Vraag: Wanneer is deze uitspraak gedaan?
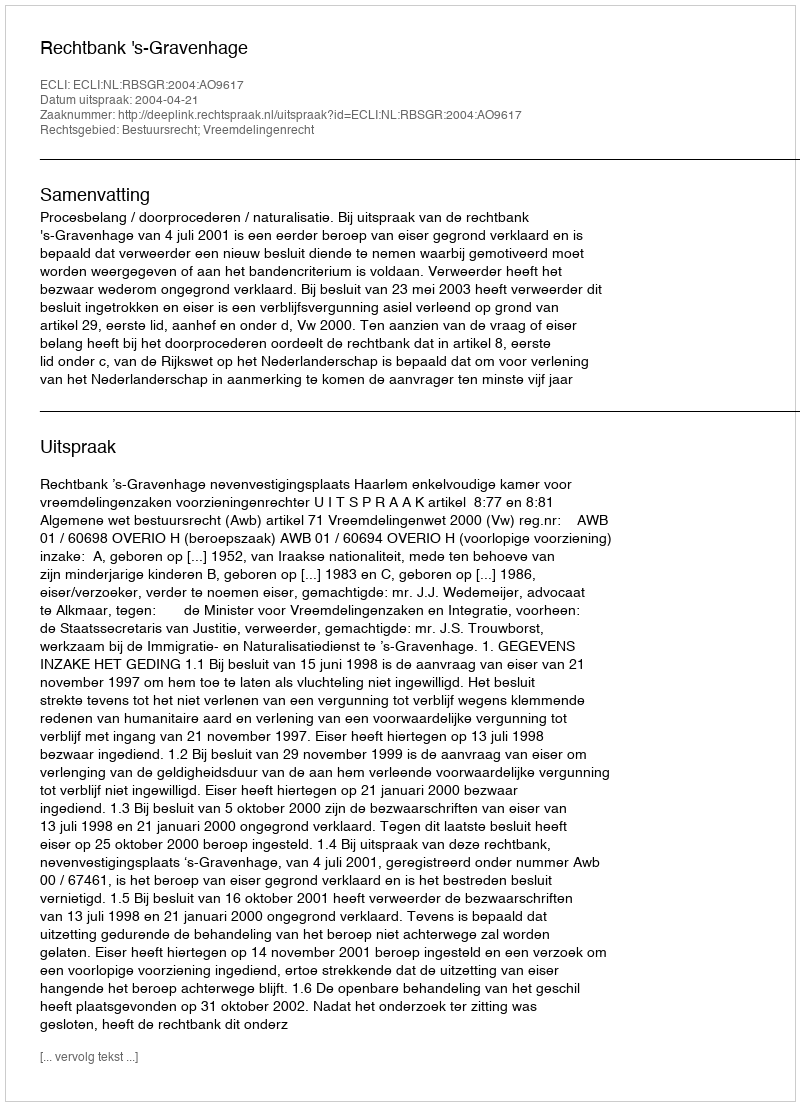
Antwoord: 2004-04-21